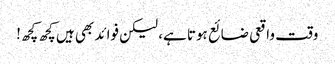
وقت واقعی ضائع ہوتا ہے، لیکن فوائد بھی ہیں کچھ کچھ!